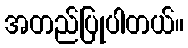
အတည်ပြုပါတယ်။